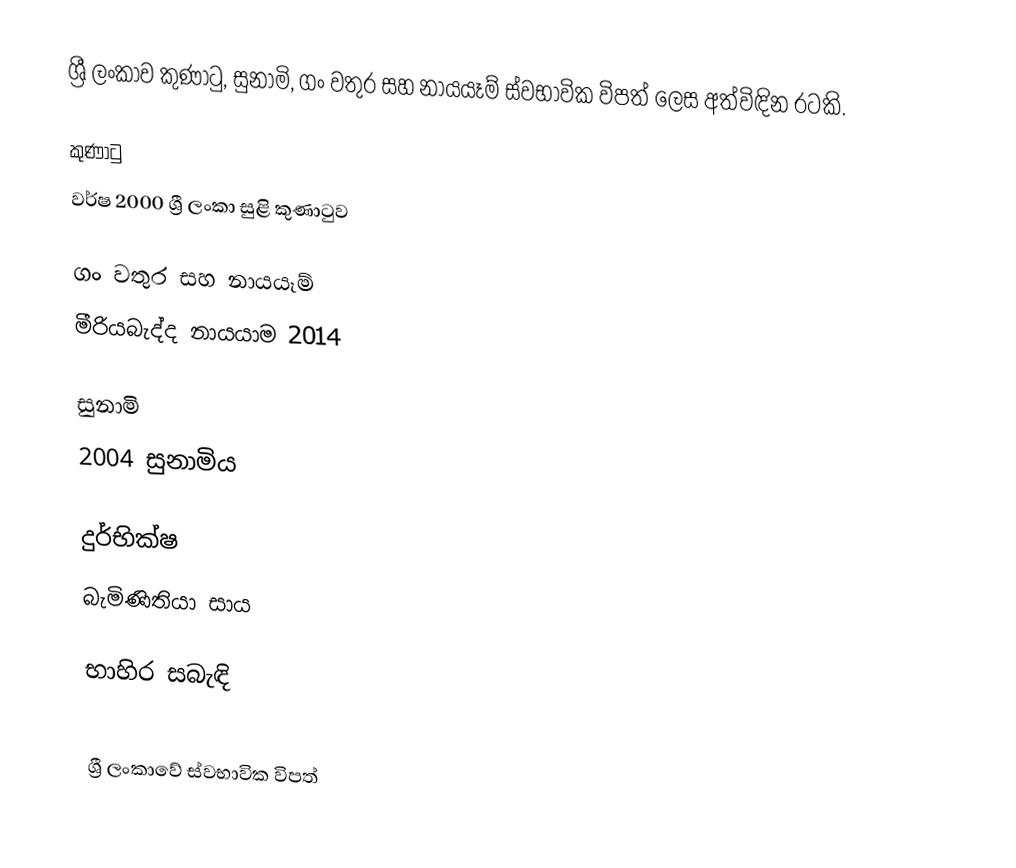
ශ්‍රී ලංකාව කුණාටු, සුනාමි, ගං වතුර සහ නායයෑම් ස්වභාවික විපත් ලෙස අත්විඳින රටකි.

කුණාටු
 වර්ෂ 2000 ශ්‍රී ලංකා සුළි කුණාටුව

ගං වතුර සහ නායයෑම්
 මීරියබැද්ද නායයාම 2014

සුනාමි
 2004 සුනාමිය

දුර්භික්ෂ
 බැමිණිතියා සාය

භාහිර සබැඳි

ශ්‍රී ලංකාවේ ස්වභාවික විපත්